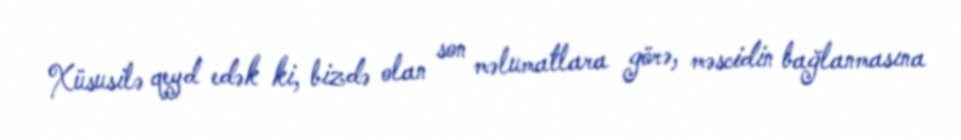
Xüsusilə qeyd edək ki, bizdə olan son məlumatlara görə, məscidin bağlanmasına